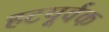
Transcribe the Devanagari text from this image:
हटपूर्वक